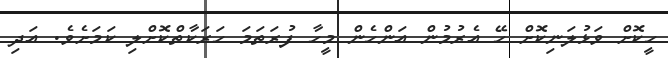
ހީކޮށް ވަޅުލަނިކޮށް ހޭ އެރުމުން އަންހެން މީހާ ފުރަތަމަ ހަރަކާތްކޮށްލި ކަމަށެވެ. އަދި